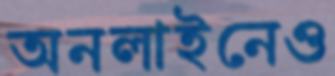
অনলাইনেও